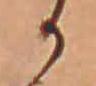
か